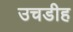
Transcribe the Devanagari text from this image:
उचडीह